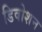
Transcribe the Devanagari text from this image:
डिवोशन